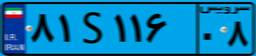
۸۱S۱۱۶۰۸